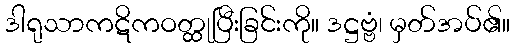
ဒါရုသာကဋိကဝတ္ထုပြီးခြင်းကို။ ဒဋ္ဌဗ္ဗံ၊ မှတ်အပ်၏။